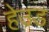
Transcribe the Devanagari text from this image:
हेउड